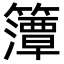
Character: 𮆨